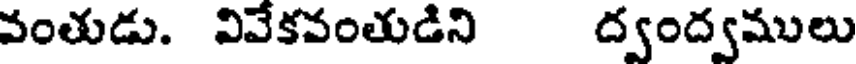
వంతుడు. వివేకవంతుడిని ద్వంద్వములు